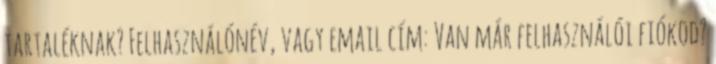
tartaléknak? Felhasználónév, vagy email cím: Van már felhasználói fiókod?